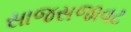
સાજસજાવટ